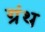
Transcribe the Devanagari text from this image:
ग्रंथ्‍ा